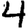
Digit: 4